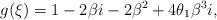
LaTeX: \begin{align*}g(\xi)=1-2\beta i-2\beta^{2}+4\theta_{1}\beta^{3} i,\end{align*}